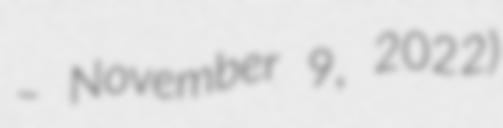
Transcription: – November 9, 2022)